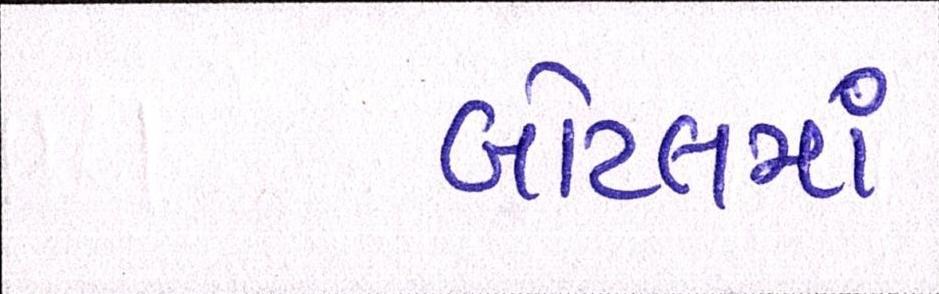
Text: બોટલમાં